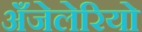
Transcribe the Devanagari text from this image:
अँजेलेरियो